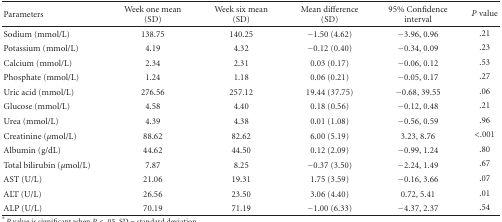
<table><thead><tr><td><b>Parameters</b></td><td><b>Week one mean (SD)</b></td><td><b>Week six mean (SD)</b></td><td><b>Mean difference (SD)</b></td><td><b>95% Confidence interval</b></td><td><b><i>P</i> value</b></td></tr></thead><tbody><tr><td>Sodium (mmol/L)</td><td>138.75</td><td>140.25</td><td>−1.50 (4.62)</td><td>−3.96, 0.96</td><td>.21</td></tr><tr><td>Potassium (mmol/L)</td><td>4.19</td><td>4.32</td><td>−0.12 (0.40)</td><td>−0.34, 0.09</td><td>.23</td></tr><tr><td>Calcium (mmol/L)</td><td>2.34</td><td>2.31</td><td>0.03 (0.17)</td><td>−0.06, 0.12</td><td>.53</td></tr><tr><td>Phosphate (mmol/L)</td><td>1.24</td><td>1.18</td><td>0.06 (0.21)</td><td>−0.05, 0.17</td><td>.27</td></tr><tr><td>Uric acid (mmol/L)</td><td>276.56</td><td>257.12</td><td>19.44 (37.75)</td><td>−0.68, 39.55</td><td>.06</td></tr><tr><td>Glucose (mmol/L)</td><td>4.58</td><td>4.40</td><td>0.18 (0.56)</td><td>−0.12, 0.48</td><td>.21</td></tr><tr><td>Urea (mmol/L)</td><td>4.39</td><td>4.38</td><td>0.01 (1.08)</td><td>−0.56, 0.59</td><td>.96</td></tr><tr><td>Creatinine (<i>μ</i>mol/L)</td><td>88.62</td><td>82.62</td><td>6.00 (5.19)</td><td>3.23, 8.76</td><td>&lt;.001</td></tr><tr><td>Albumin (g/dL)</td><td>44.62</td><td>44.50</td><td>0.12 (2.09)</td><td>−0.99, 1.24</td><td>.80</td></tr><tr><td>Total bilirubin (<i>μ</i>mol/L)</td><td>7.87</td><td>8.25</td><td>−0.37 (3.50)</td><td>−2.24, 1.49</td><td>.67</td></tr><tr><td>AST (U/L)</td><td>21.06</td><td>19.31</td><td>1.75 (3.59)</td><td>−0.16, 3.66</td><td>.07</td></tr><tr><td>ALT (U/L)</td><td>26.56</td><td>23.50</td><td>3.06 (4.40)</td><td>0.72, 5.41</td><td>.01</td></tr><tr><td>ALP (U/L)</td><td>70.19</td><td>71.19</td><td>−1.00 (6.33)</td><td>−4.37, 2.37</td><td>.54</td></tr></tbody></table>